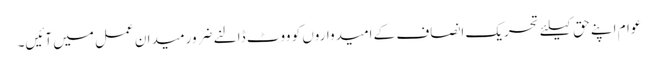
عوام اپنے حق کیلئے تحریک انصاف کے امیدواروں کو ووٹ ڈالنے ضرور میدان عمل میں آئیں۔